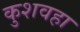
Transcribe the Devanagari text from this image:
कुशवहा